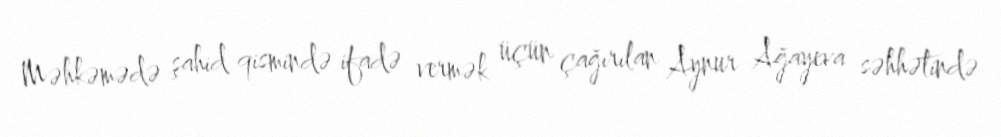
Məhkəmədə şahid qismində ifadə vermək üçün çağırılan Aynur Ağayeva səhhətində